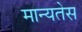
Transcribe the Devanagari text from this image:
मान्यतेस